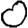
Digit: 0